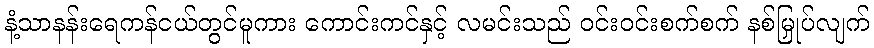
နံ့သာနန်းရေကန်ငယ်တွင်မူကား ကောင်းကင်နှင့် လမင်းသည် ဝင်းဝင်းစက်စက် နစ်မြှုပ်လျက်